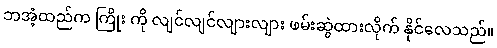
ဘအံ့ထည်က ကြိုး ကို လျင်လျင်လျားလျား ဖမ်းဆွဲထားလိုက် နိုင်လေသည်။